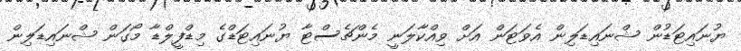
ޔުނައިޓަޑުން ޝްނައިޑަލިން އެވަޓަން އަށް ވިއްކާލަނީ މެންޗެސްޓާ ޔުނައިޓަޑްގެ މިޑްފީލްޑާ މޯގަން ޝްނައިޑަލިން